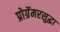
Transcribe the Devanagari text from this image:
प्रोग्रॅमरसुद्धा